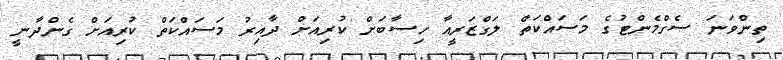
ތިންވަނަ ސެގްމެންޓުގެ މަސައްކަތް ލަގްޒަރީއާ ހިސާބަށް ކުރިއަށް ދާއިރު މަސައްކަތް ކުރިއަށް ގެންދާނީ